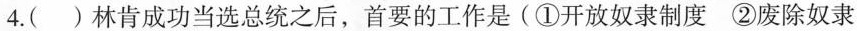
4.()林肯成功当选总统之后，首要的工作是(①开放奴隶制度②废除奴隶